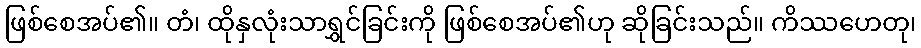
ဖြစ်စေအပ်၏။ တံ၊ ထိုနှလုံးသာရွှင်ခြင်းကို ဖြစ်စေအပ်၏ဟု ဆိုခြင်းသည်။ ကိဿဟေတု၊